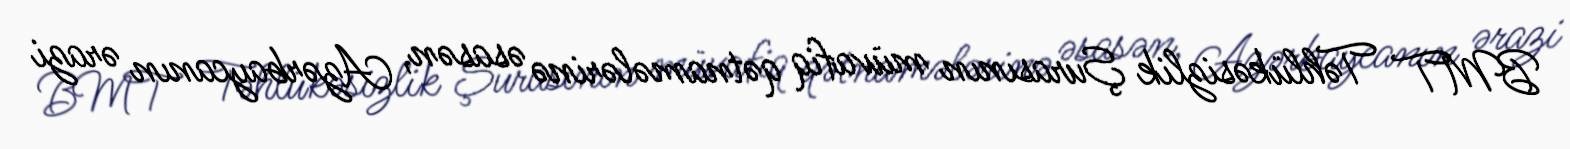
BMT Təhlükəsizlik Şurasının müvafiq qətnamələrinə əsasən, Azərbaycanın ərazi